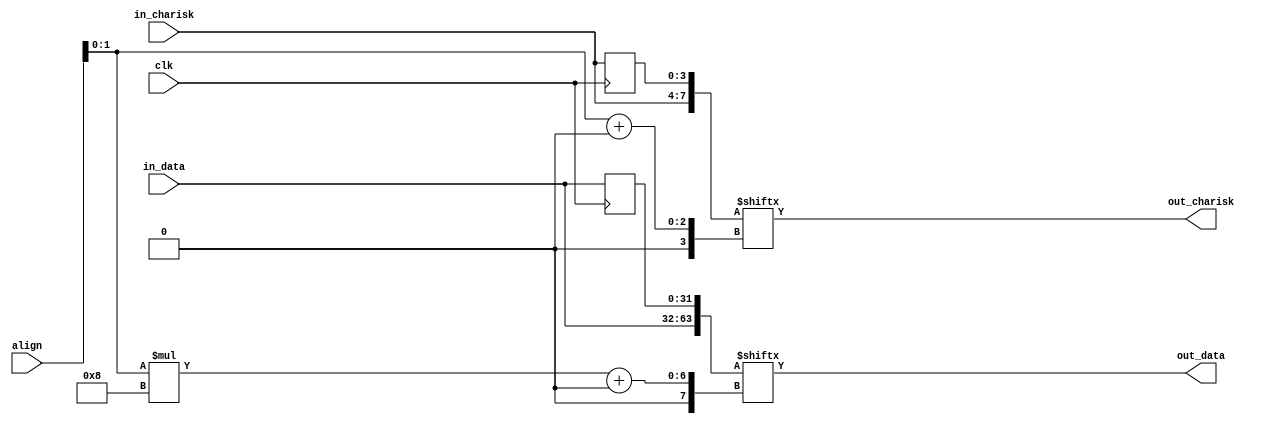
// ***************************************************************************
// ***************************************************************************
// Copyright (C) 2017, 2018, 2021, 2022 Analog Devices, Inc. All rights reserved.
// SPDX short identifier: ADIJESD204
// ***************************************************************************
// ***************************************************************************

`timescale 1ns/100ps

module align_mux #(
  parameter DATA_PATH_WIDTH = 4
) (
  input clk,
  input [2:0] align,
  input [DATA_PATH_WIDTH*8-1:0] in_data,
  input [DATA_PATH_WIDTH-1:0] in_charisk,
  output [DATA_PATH_WIDTH*8-1:0] out_data,
  output [DATA_PATH_WIDTH-1:0] out_charisk
);

  localparam DPW_LOG2 = DATA_PATH_WIDTH == 8 ? 3 : DATA_PATH_WIDTH == 4 ? 2 : 1;

  wire [DPW_LOG2-1:0]                align_int;
  reg  [DATA_PATH_WIDTH*8-1:0]       in_data_d1;
  reg  [DATA_PATH_WIDTH-1:0]         in_charisk_d1;
  wire [(DATA_PATH_WIDTH*8*2)-1:0]   data;
  wire [(DATA_PATH_WIDTH*2)-1:0]     charisk;

  always @(posedge clk) begin
    in_data_d1 <= in_data;
    in_charisk_d1 <= in_charisk;
  end

  assign data = {in_data, in_data_d1};
  assign charisk = {in_charisk, in_charisk_d1};

  assign align_int = align[DPW_LOG2-1:0];

  assign out_data = data[align_int*8 +: (DATA_PATH_WIDTH*8)];
  assign out_charisk = charisk[align_int +: DATA_PATH_WIDTH];

endmodule